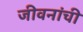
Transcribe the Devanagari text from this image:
जीवनांची